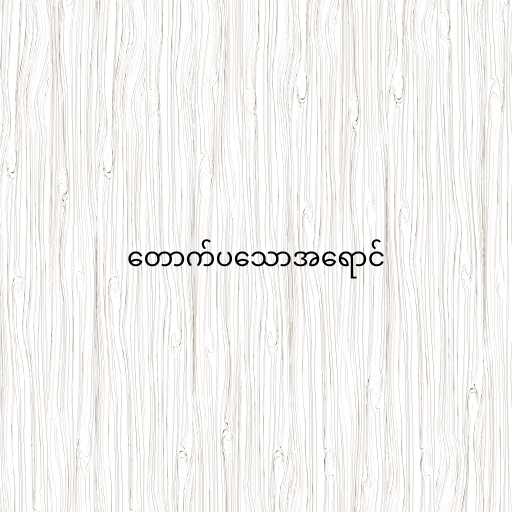
တောက်ပသောအရောင်